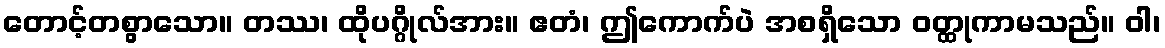
တောင့်တစွာသော။ တဿ၊ ထိုပဂ္ဂိုလ်အား။ ဧတံ၊ ဤကောက်ပဲ အစရှိသော ဝတ္ထုကာမသည်။ ဝါ၊